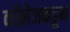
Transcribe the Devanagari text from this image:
कॉलेजकडून